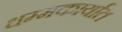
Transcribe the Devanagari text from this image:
धम्मकार्यात